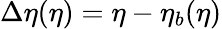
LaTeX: \Delta\eta(\eta)=\eta-\eta_{b}(\eta)